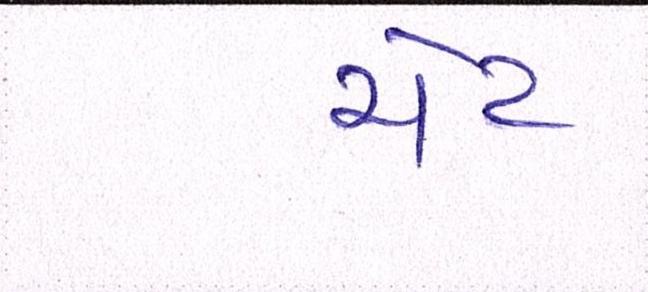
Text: ચેટ